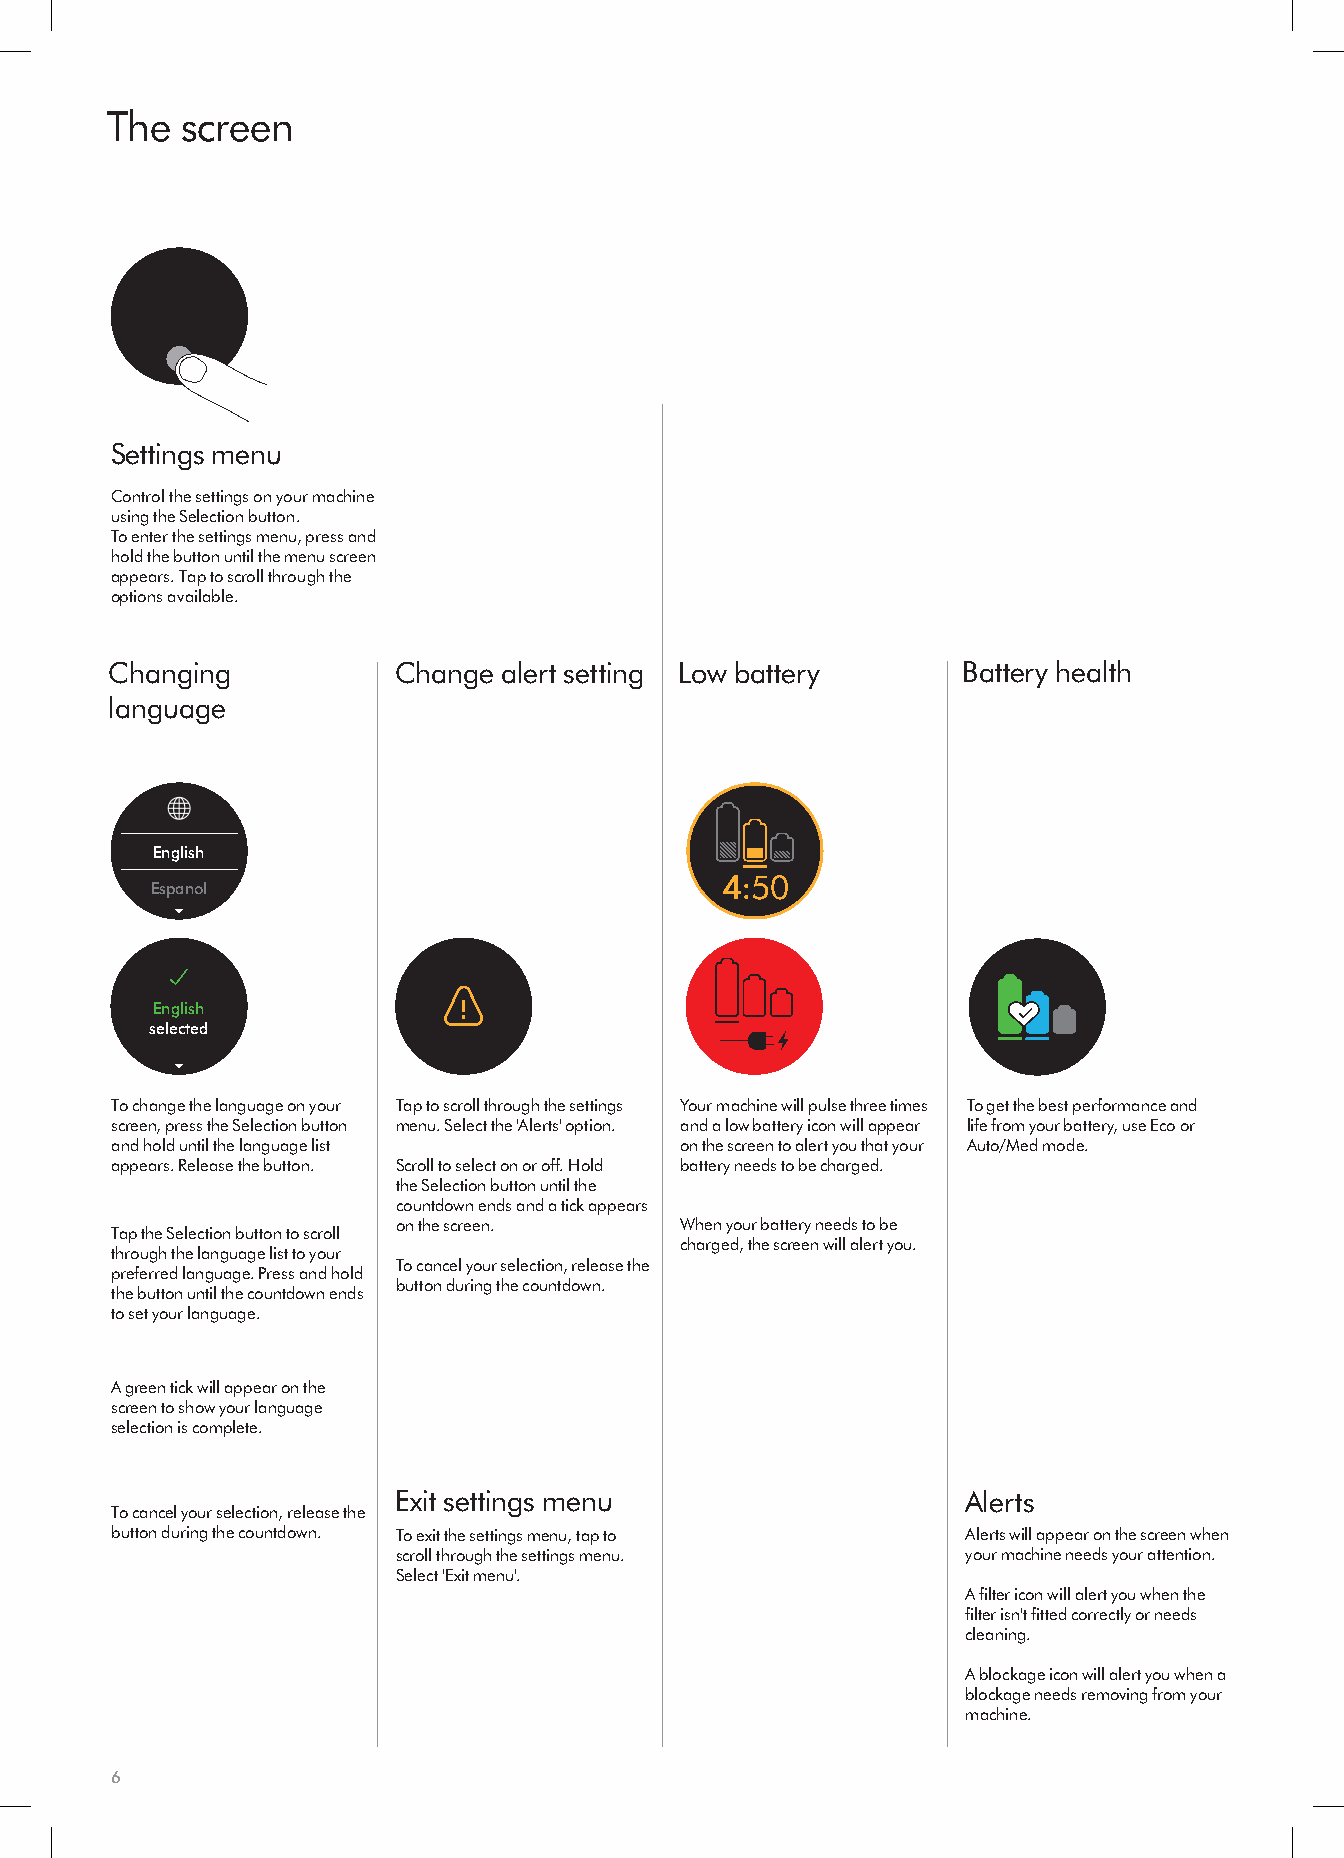
The  screen
 Eco       Auto       Med   Eco  Boost Auto      Med        Boost
 Eco       Auto       Med        Boost
 Eco Auto Med Boost           100%                       100%
 Sett1in00g%s menu   Eco       Auto       Med       Boost
 Control the settings on your machine
 using the Selection button.
 To enter the settings menu, press and
 hold the button until the menu screen
 Low                        Low
 appears. Tap to scroll through the
 run time                   run time
 100%   options available.                       Ec4o:50    AuAtouto   Med    4:5B0o ost Auto
 Low
 run time
 Changing           C10h0a%ng4e: a5l0er t settingAuLtoow battery Battery health
 language
 Low                                                      On                         On
 English    English         English    English English                  English
 run time                                                 Off                        Off
 4:50 Auto
 Espanol
 100%
 EsEpxaitnol
 selected
 Exit
 selected
 OLonw
 English    English                          English
 ruOn ftfime
 selected
 Espanol                     Exit      4:50       Auto
 On                                                          Low
 English English English
 Off                                                        run time
 selected                                                    4:50      Auto
 Espanol Exit
 On
 English    English                          English
 Off
 selected
 To change the language on your TEasppa ton osclroll through the settings Your machine will puExlsite three times To get the best performance and
 screen, press the Selection button menu. Select the 'Alerts' option. and a low battery icon will appear life from your battery, use Eco or
 and hold until the language list      on the screen to alert you that your Auto/Med mode.
 appears. Release the button. Scroll to select on or off. Hold battery needs to be charged.
 the Selection button until the
 countdown ends and a tick appears                 On
 on the screen.     When yEonugrl ibshattery needs to beE nglish   English
 Tap the Selection button to scroll                                   Off
 charged, the screen will alert you.            selected
 through the language list to your        Espanol                     Exit
 To cancel your selection, release the
 preferred language. Press and hold
 button during the countdown.
 the button until the countdown ends
 to set your language.
 A green tick will appear on the
 screen to show your language
 selection is complete.
 Exit settings menu                    Alerts
 To cancel your selection, release the
 button during the countdown. To exit the settings menu, tap to Alerts will appear on the screen when
 scroll through the settings menu.     your machine needs your attention.
 Select 'Exit menu'.
 A filter icon will alert you when the
 filter isn't fitted correctly or needs
 cleaning.
 A blockage icon will alert you when a
 blockage needs removing from your
 machine.
 6